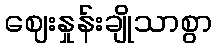
ဈေးနှုန်းချိုသာစွာ